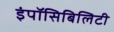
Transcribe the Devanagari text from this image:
इंपॉसिबिलिटी